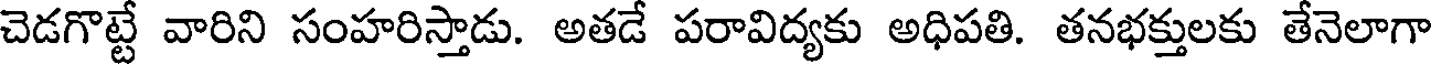
చెడగొట్టే వారిని సంహరిస్తాడు. అతడే పరావిద్యకు అధిపతి. తనభక్తులకు తేనెలాగా